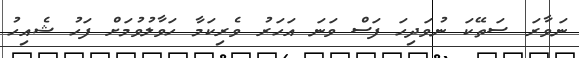
ނަވާރަ ސަތޭކަ ނުވަދިހަ ފަސް ވަނަ އަހަރު ވެރިކަމާ ހަވާލުވުމަށް ފަހު ޝެއިހު